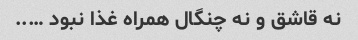
نه قاشق و نه چنگال همراه غذا نبود …..